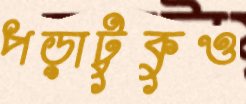
পড়াটুকুও